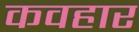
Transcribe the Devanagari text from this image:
कवहार